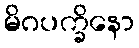
မိဂပက္ခိနော